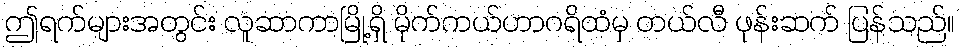
ဤရက်များအတွင်း လူဆာကာမြို့ရှိ မိုက်ကယ်ဟာဂရိထံမှ တယ်လီ ဖုန်းဆက် ပြန်သည်။